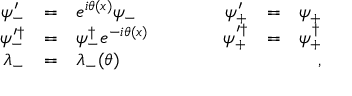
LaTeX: \begin{array} { r c l c r c l } { { \psi _ { - } ^ { \prime } } } & { { = } } & { { e ^ { i \theta ( x ) } \psi _ { - } } } & { { \quad \quad } } & { { \psi _ { + } ^ { \prime } } } & { { = } } & { { \psi _ { + } \nonumber } } \\ { { \psi _ { - } ^ { \prime \dag } } } & { { = } } & { { \psi _ { - } ^ { \dag } e ^ { - i \theta ( x ) } } } & { { \quad \quad } } & { { \psi _ { + } ^ { \prime \dag } } } & { { = } } & { { \psi _ { + } ^ { \dag } \nonumber } } \\ { { \lambda _ { - } } } & { { = } } & { { \lambda _ { - } ( \theta ) } } & { { } } & { { } } & { { } } & { { \quad , } } \end{array}